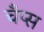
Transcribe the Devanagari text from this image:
चँप्स